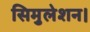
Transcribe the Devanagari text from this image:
सिमुलेशन।